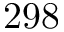
2 9 8